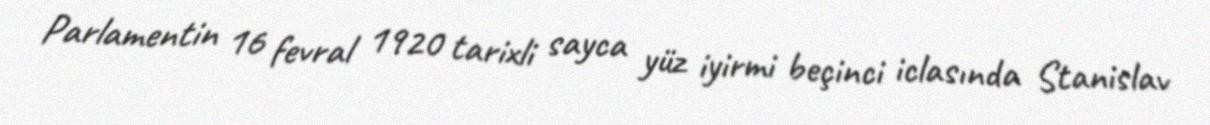
Parlamentin 16 fevral 1920 tarixli sayca yüz iyirmi beçinci iclasında Stanislav